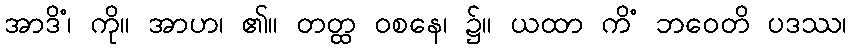
အာဒိံ၊ ကို။ အာဟ၊ ၏။ တတ္ထ ဝစနေ၊ ၌။ ယထာ ကိံ ဘဝေတိ ပဒဿ၊